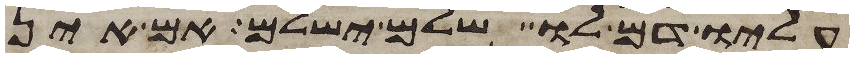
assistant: עליו דם לו שלם ישלם אם אין